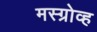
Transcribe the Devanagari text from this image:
मस्ग्रोव्ह